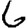
Digit: 6